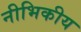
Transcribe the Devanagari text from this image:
नीभिकीय